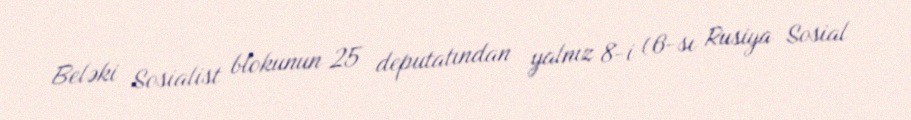
Beləki Sosialist blokunun 25 deputatından yalnız 8-i (6-sı Rusiya Sosial